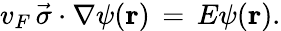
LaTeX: v_{F}\, {\vec{\sigma}}\cdot\nabla\psi(\mathbf{r})\, =\, E\psi(\mathbf{r}).